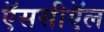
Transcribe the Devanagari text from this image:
ऍससीऍल